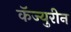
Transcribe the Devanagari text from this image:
कॅज्युरीन